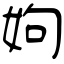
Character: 姁